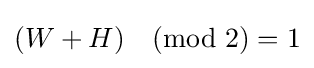
(W+H){\pmod {2}}=1